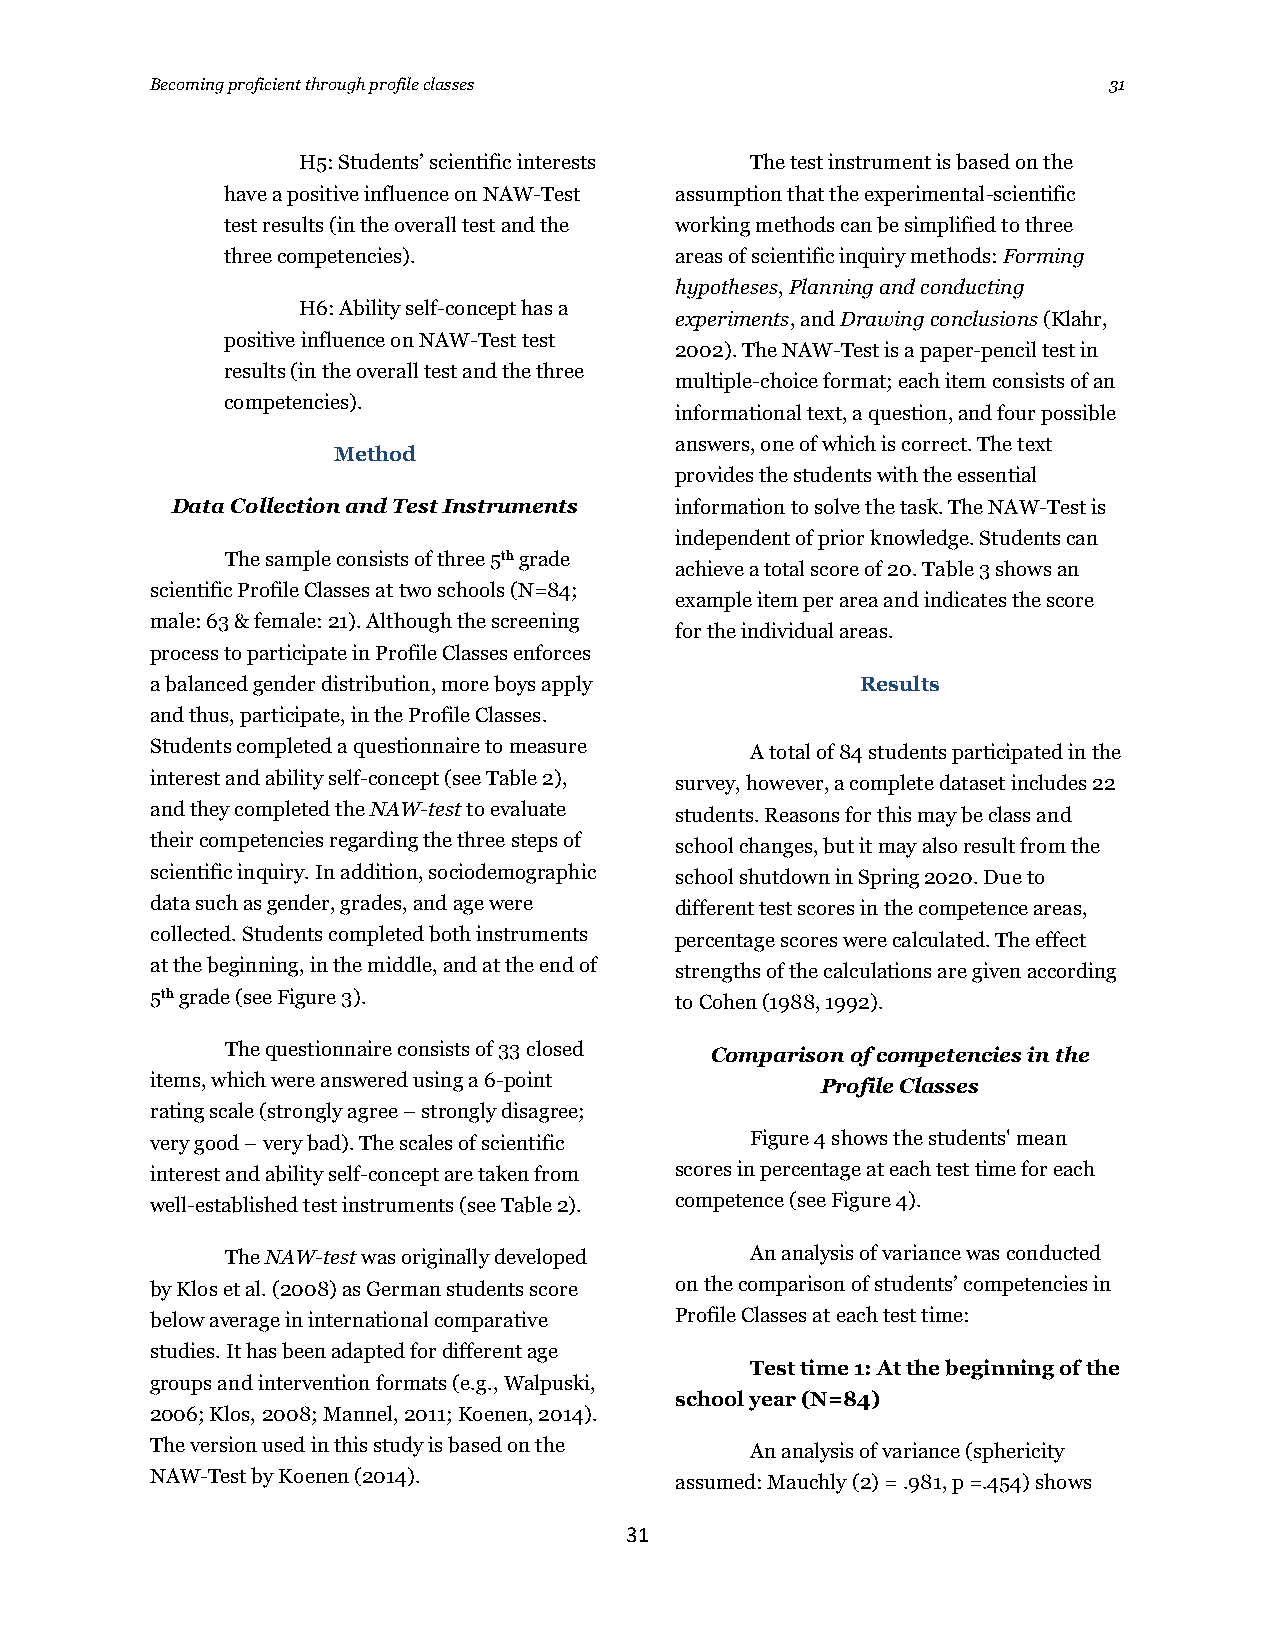
Becoming proficient through profile classes                    31
 H5: Students’ scientific interests The test instrument is based on the
 have a positive influence on NAW-Test assumption that the experimental-scientific
 test results (in the overall test and the working methods can be simplified to three
 three competencies).          areas of scientific inquiry methods: Forming
 hypotheses, Planning and conducting
 H6: Ability self-concept has a
 experiments, and Drawing conclusions (Klahr,
 positive influence on NAW-Test test
 2002). The NAW-Test is a paper-pencil test in
 results (in the overall test and the three
 multiple-choice format; each item consists of an
 competencies).
 informational text, a question, and four possible
 answers, one of which is correct. The text
 Method
 provides the students with the essential
 Data Collection and Test Instruments information to solve the task. The NAW-Test is
 independent of prior knowledge. Students can
 The sample consists of three 5th grade
 achieve a total score of 20. Table 3 shows an
 scientific Profile Classes at two schools (N=84;
 example item per area and indicates the score
 male: 63 & female: 21). Although the screening
 for the individual areas.
 process to participate in Profile Classes enforces
 a balanced gender distribution, more boys apply Results
 and thus, participate, in the Profile Classes.
 Students completed a questionnaire to measure A total of 84 students participated in the
 interest and ability self-concept (see Table 2), survey, however, a complete dataset includes 22
 and they completed the NAW-test to evaluate students. Reasons for this may be class and
 their competencies regarding the three steps of school changes, but it may also result from the
 scientific inquiry. In addition, sociodemographic school shutdown in Spring 2020. Due to
 data such as gender, grades, and age were different test scores in the competence areas,
 collected. Students completed both instruments percentage scores were calculated. The effect
 at the beginning, in the middle, and at the end of strengths of the calculations are given according
 5th grade (see Figure 3).          to Cohen (1988, 1992).
 The questionnaire consists of 33 closed Comparison of competencies in the
 items, which were answered using a 6-point  Profile Classes
 rating scale (strongly agree – strongly disagree;
 very good – very bad). The scales of scientific Figure 4 shows the students' mean
 interest and ability self-concept are taken from scores in percentage at each test time for each
 well-established test instruments (see Table 2). competence (see Figure 4).
 The NAW-test was originally developed An analysis of variance was conducted
 by Klos et al. (2008) as German students score on the comparison of students’ competencies in
 below average in international comparative Profile Classes at each test time:
 studies. It has been adapted for different age
 Test time 1: At the beginning of the
 groups and intervention formats (e.g., Walpuski,
 school year (N=84)
 2006; Klos, 2008; Mannel, 2011; Koenen, 2014).
 The version used in this study is based on the An analysis of variance (sphericity
 NAW-Test by Koenen (2014).         assumed: Mauchly (2) = .981, p =.454) shows
 31